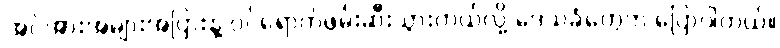
အင်အားအများအပြားနဲ့ ဝင်ရောက်ဖမ်းဆီးသွားတယ်လို့ ဒေသခံတွေက ပြောပါတယ်။